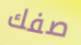
صفك